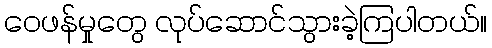
ဝေဖန်မှုတွေ လုပ်ဆောင်သွားခဲ့ကြပါတယ်။